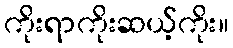
ကိုးရာကိုးဆယ့်ကိုး။